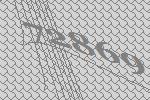
72869